Cholera in southern India
Disease focus: Cholera
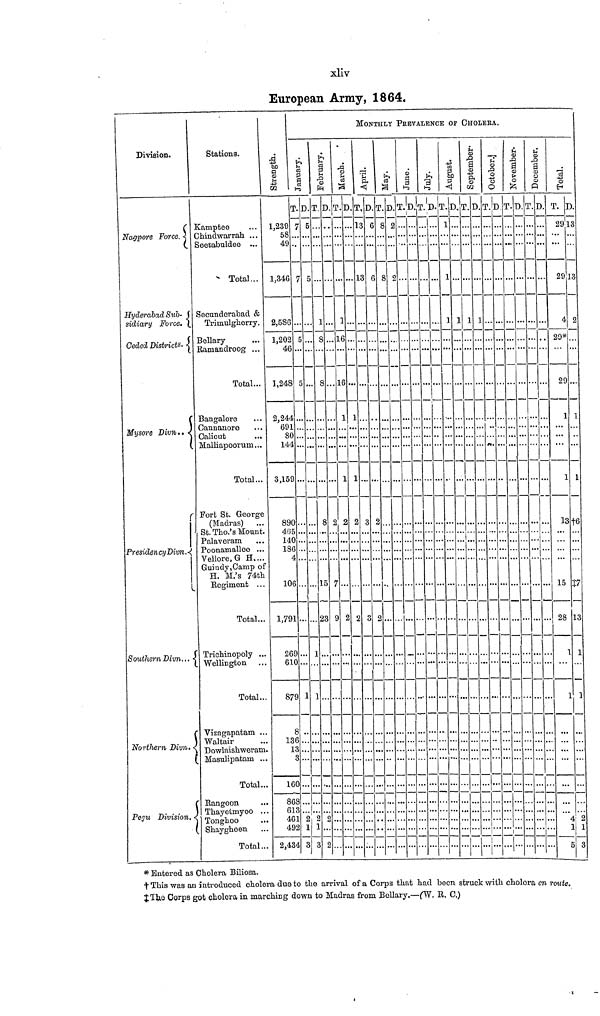
xliv
European Army, 1864.
MONTHLY PEEVALENCE OF CHOLERA.
Division.
...
Nagpore Force.
Hyderabad Sub-
sidiary Force.
Ceded Districts.
Mysore Divn..
Presidency Divn.
Southern Divn... <
Northern Divn.
Pegu Division.
Stations.
...
Kamptee ...
Chindwarrah ...
Seetabuldee ...
Total...
Secunderabad &
Trimulgherry.
Bellary ...
Ramandroog ...
Total ...
Bangalore ...
Cannanore ...
Calicut ...
Malliapoorum ...
Total...
Fort St. George
(Madras) ...
St. Tho.'s Mount.
Palaveram ...
Poonamallee ...
Vellore, G H....
Guindy,Camp of
H. M.'s 74th
Regiment ...
Total...
Trichinopoly ...
Wellington ...
Total ...
Vizagapatam ...
Waltair ...
Dowlaishweram.
Masulipatam ...
Total ...
Rangoon ...
Thayotmyoo ...
Tonghoo
..
Shaygheen ...
Total ...
Strength.
...
1,239
58
49
1,346
2,586
1,202
46
1,248
2,244
691
80
144
3,159
890
465
140
186
4
106
1,791
269
610
879
8
136
13
3
160
868
613
461
492
2,434
January.
T.
7
...
...
7
...
5
...
5
...
...
...
...
...
...
...
...
...
...
...
...
...
...
1
...
...
...
...
...
...
...
2
1
3
D.
5
...
...
5
...
...
...
...
...
...
...
...
...
...
...
...
...
...
...
...
1
...
1
...
...
...
...
...
...
...
2
1
3
February.
T
...
...
...
...
1
8
...
8
...
...
...
...
...
8
...
...
...
...
15
23
...
...
...
...
...
...
...
...
...
...
2
...
2
D
...
...
...
...
...
...
...
...
...
...
...
...
...
2
...
...
...
...
7
9
...
...
...
...
...
...
...
...
...
...
...
...
...
March.
T.
...
...
...
...
1
16
...
16
1
...
...
...
1
2
...
...
...
...
...
2
...
...
...
...
...
...
...
...
...
...
...
...
...
D.
...
...
...
...
...
...
...
...
1
...
...
...
1
2
...
...
...
...
...
2
...
...
...
...
...
...
...
...
...
...
...
...
...
April.
T.
13
...
...
13
...
...
...
...
...
...
...
...
...
3
...
...
...
...
...
3
...
...
...
...
...
...
...
...
...
...
...
...
...
D.
6
...
...
6
...
...
...
...
...
...
...
...
...
2
...
...
...
...
...
2
...
...
...
...
...
...
...
...
...
...
...
...
...
May.
r
T.
8
...
...
8
...
...
...
...
...
...
...
...
...
...
...
...
...
...
...
...
...
...
...
...
...
...
...
...
...
...
...
...
...
D.
2
...
...
2
...
...
...
...
...
...
...
...
...
...
...
...
...
...
...
...
...
...
...
...
...
...
...
...
...
...
...
...
...
June.
T.
...
...
...
...
...
...
...
...
...
...
...
...
...
...
...
...
...
...
...
...
...
...
...
...
...
...
...
...
...
...
...
...
...
D.
...
...
...
...
...
...
...
...
...
...
...
...
...
...
...
...
...
...
...
...
...
...
...
...
...
...
...
...
...
...
...
...
...
July.
T.
...
...
...
...
...
...
...
...
...
...
...
...
...
...
...
...
...
...
...
...
...
...
...
...
...
...
...
...
...
...
...
...
...
D.
...
...
...
...
...
...
...
...
...
...
...
...
...
...
...
...
...
...
...
...
...
...
...
...
...
...
...
...
...
...
...
...
...
August.
T.
1
...
...
1
1
...
...
...
...
...
...
...
...
...
...
...
...
...
...
...
...
...
...
...
...
...
...
...
...
...
...
...
...
D.
...
...
...
...
1
...
...
...
...
...
...
...
...
...
...
...
...
...
...
...
...
...
...
...
...
...
...
...
...
...
...
...
...
September.
T.
...
...
...
...
1
...
...
...
...
...
...
...
...
...
...
...
...
...
...
...
...
...
...
...
...
...
...
...
...
...
...
...
...
D.
...
...
...
...
1
...
...
...
...
...
...
...
...
...
...
...
...
...
...
...
...
...
...
...
...
...
...
...
...
...
...
...
...
October.
T.
...
...
...
...
...
...
...
...
...
...
...
...
...
...
...
...
...
...
...
...
...
...
...
...
...
...
...
...
...
...
...
...
D.
...
...
...
...
...
...
...
...
...
...
...
...
...
...
...
...
...
...
...
...
...
...
...
......
...
...
...
...
...
...
...
...
...
November.
T.
...
...
...
...
...
...
...
...
...
...
...
...
...
...
...
...
...
...
...
...
...
...
...
...
...
...
...
...
...
...
...
...
...
D.
...
...
...
...
...
...
...
...
...
...
...
...
...
...
...
...
...
...
...
...
...
...
...
...
...
...
...
...
...
...
...
...
...
December.
T.
...
...
...
...
...
...
...
...
...
...
...
...
...
...
...
...
...
...
...
...
...
...
...
...
...
...
...
...
...
...
...
...
...
D.
...
...
...
...
...
...
...
...
...
...
...
...
...
...
...
...
...
...
...
...
...
...
...
...
...
...
...
...
...
...
...
...
...
Total.
T.
29
...
...
29
4
29*
...
29
1
...
...
...
1
13
...
...
...
...
15
28
1
...
1
...
...
...
...
...
...
...
4
1
...5
D.
13
...
...
13
2
...
...
...
1
...
...
...
1
†6
...
...
...
...
‡7
13
1
...
1
...
...
...
...
...
...
...
2
1
3
* Entered as Cholera Biliosa.
†This was an introduced cholera due to the arrival of a Corps that had been struck with cholora en route.
The Corps got cholera in marching down to Madras from Bellary.—(W. R. C.)